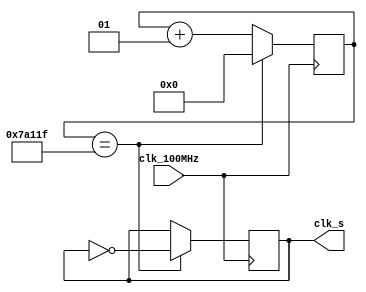
`timescale 1ns / 1ps
//////////////////////////////////////////////////////////////////////////////////
// Company: 
// Engineer: 
// 
// Design Name: 
// Module Name: clkdiv_s
// Project Name: 
// Target Devices: 
// Tool Versions: 
// Description: 
// 
// Dependencies: 
// 
// Revision:
// Revision 0.01 - File Created
// Additional Comments:
// 
//////////////////////////////////////////////////////////////////////////////////


module clkdiv_s(
   input clk_100MHz,
   output clk_s
   );
   parameter [30:0] clk_mode=31'd1000000;
   reg Clk=0;
   reg flag=0;
   reg Is_Odd=0;
   integer Count=0;
   
   always @(negedge clk_100MHz)
        begin
            Is_Odd=clk_mode[0];
            if(Count==clk_mode/2)
                flag=1;
            else
                flag=0;
        end
        
   always @(posedge clk_100MHz)
      begin
        if(Is_Odd)
            if(Count==clk_mode-1)
                begin
                    Count=0;
                    Clk=~Clk;
                end
            else if(Count==clk_mode/2)
                begin
                    Count=Count+1;
                    Clk=~Clk;
                end
            else
                Count=Count+1;
       else
            if(Count==clk_mode/2-1)
                begin
                     Count=0;
                     Clk=~Clk;
                end
            else
                Count=Count+1;
      end
   
   assign clk_s=Clk|(flag&Is_Odd);
endmodule